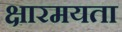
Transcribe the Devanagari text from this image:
क्षारमयता